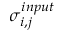
\sigma _ { i , j } ^ { i n p u t }